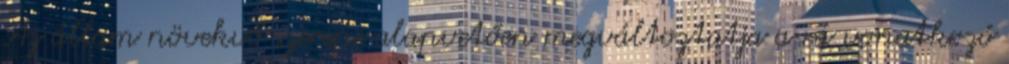
Az állam növekvő szerepe alapvetően megváltoztatja a rá vonatkozó